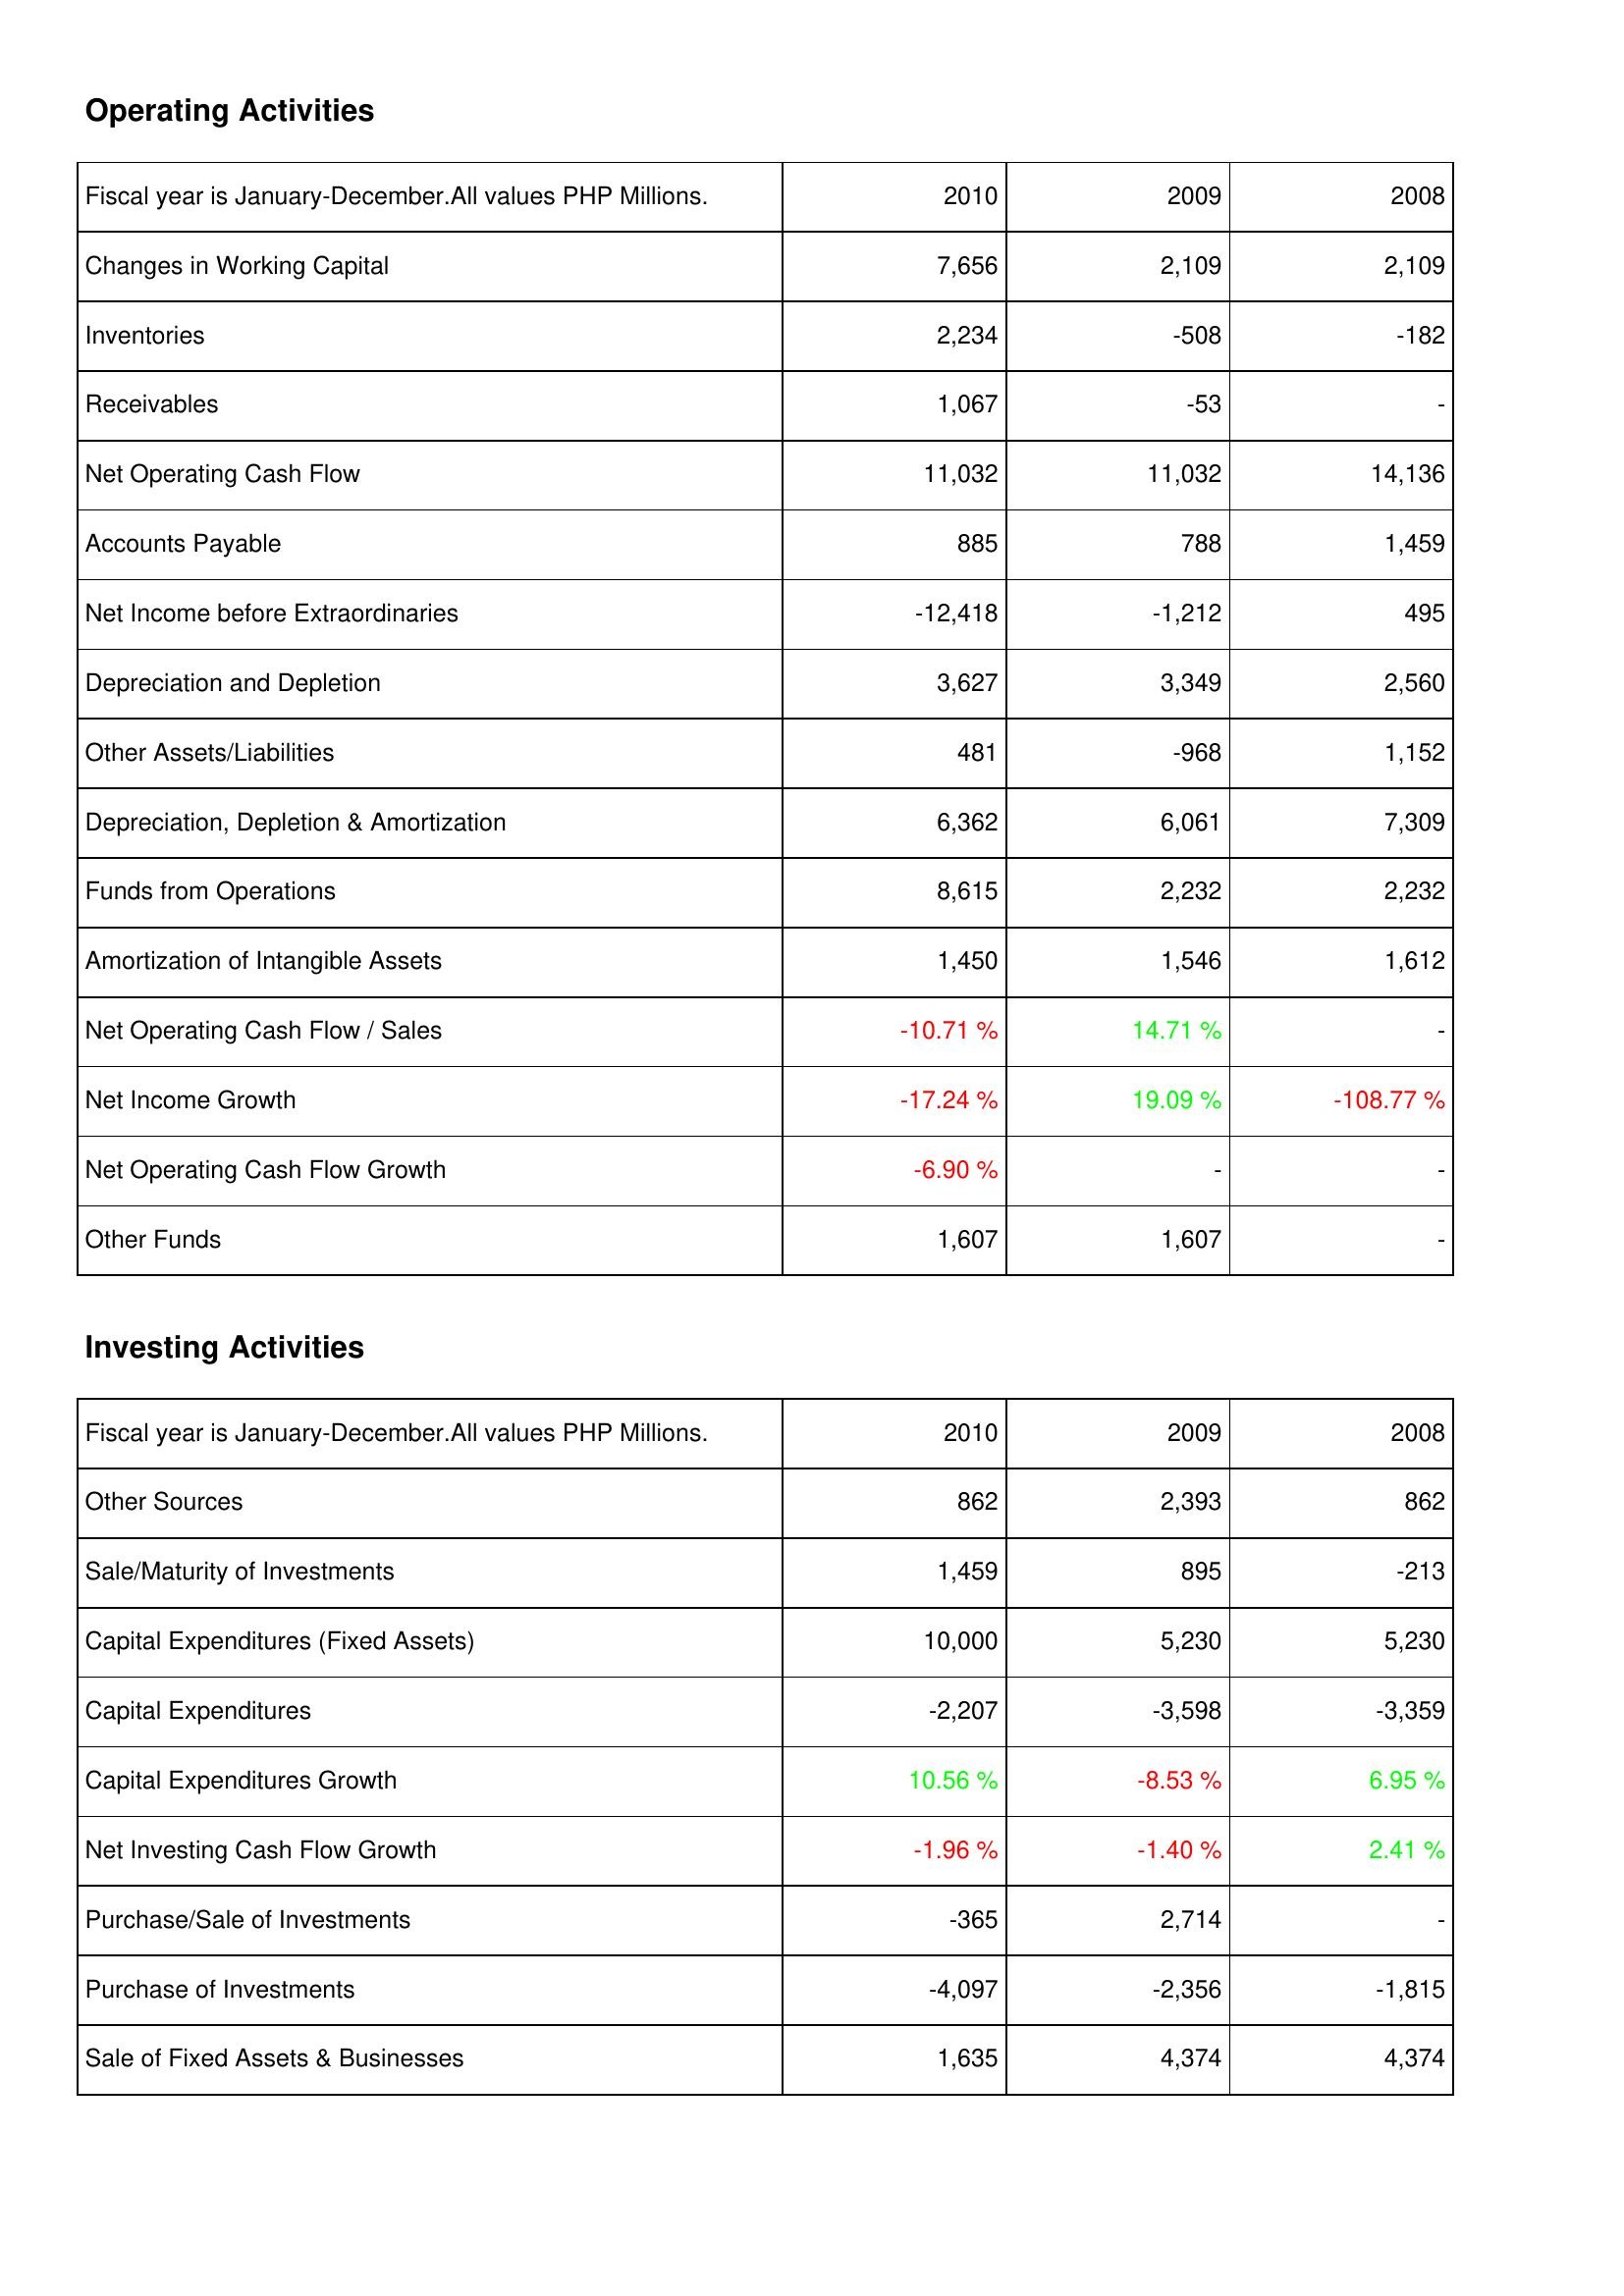
2010: Operating Activities: Changes in Working Capital: 7,656
Inventories: 2,234
Receivables: 1,067
Net Operating Cash Flow: 11,032
Accounts Payable: 885
Net Income before Extraordinaries: -12,418
Depreciation and Depletion: 3,627
Other Assets/Liabilities: 481
Depreciation, Depletion & Amortization: 6,362
Funds from Operations: 8,615
Amortization of Intangible Assets: 1,450
Net Operating Cash Flow / Sales: -10.71 %
Net Income Growth: -17.24 %
Net Operating Cash Flow Growth: -6.90 %
Other Funds: 1,607
Investing Activities: Other Sources: 862
Sale/Maturity of Investments: 1,459
Capital Expenditures (Fixed Assets): 10,000
Capital Expenditures: -2,207
Capital Expenditures Growth: 10.56 %
Net Investing Cash Flow Growth: -1.96 %
Purchase/Sale of Investments: -365
Purchase of Investments: -4,097
Sale of Fixed Assets & Businesses: 1,635
2009: Operating Activities: Changes in Working Capital: 2,109
Inventories: -508
Receivables: -53
Net Operating Cash Flow: 11,032
Accounts Payable: 788
Net Income before Extraordinaries: -1,212
Depreciation and Depletion: 3,349
Other Assets/Liabilities: -968
Depreciation, Depletion & Amortization: 6,061
Funds from Operations: 2,232
Amortization of Intangible Assets: 1,546
Net Operating Cash Flow / Sales: 14.71 %
Net Income Growth: 19.09 %
Net Operating Cash Flow Growth: -
Other Funds: 1,607
Investing Activities: Other Sources: 2,393
Sale/Maturity of Investments: 895
Capital Expenditures (Fixed Assets): 5,230
Capital Expenditures: -3,598
Capital Expenditures Growth: -8.53 %
Net Investing Cash Flow Growth: -1.40 %
Purchase/Sale of Investments: 2,714
Purchase of Investments: -2,356
Sale of Fixed Assets & Businesses: 4,374
2008: Operating Activities: Changes in Working Capital: 2,109
Inventories: -182
Receivables: -
Net Operating Cash Flow: 14,136
Accounts Payable: 1,459
Net Income before Extraordinaries: 495
Depreciation and Depletion: 2,560
Other Assets/Liabilities: 1,152
Depreciation, Depletion & Amortization: 7,309
Funds from Operations: 2,232
Amortization of Intangible Assets: 1,612
Net Operating Cash Flow / Sales: -
Net Income Growth: -108.77 %
Net Operating Cash Flow Growth: -
Other Funds: -
Investing Activities: Other Sources: 862
Sale/Maturity of Investments: -213
Capital Expenditures (Fixed Assets): 5,230
Capital Expenditures: -3,359
Capital Expenditures Growth: 6.95 %
Net Investing Cash Flow Growth: 2.41 %
Purchase/Sale of Investments: -
Purchase of Investments: -1,815
Sale of Fixed Assets & Businesses: 4,374